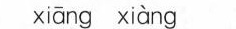
xiang xiang